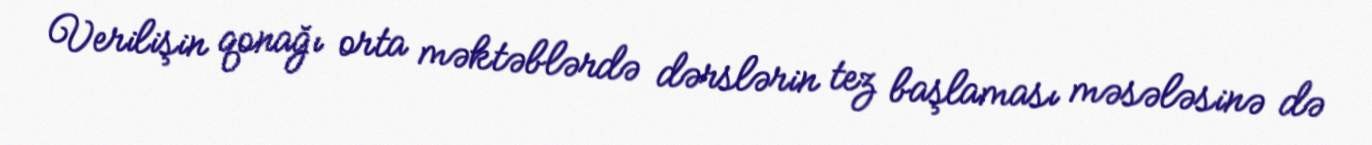
Verilişin qonağı orta məktəblərdə dərslərin tez başlaması məsələsinə də